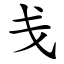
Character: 戋